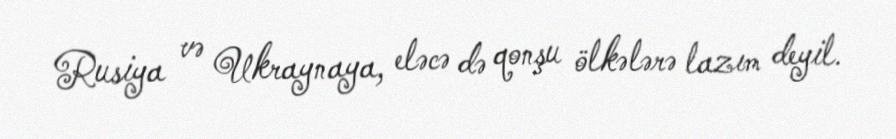
Rusiya və Ukraynaya, eləcə də qonşu ölkələrə lazım deyil.